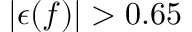
| \epsilon ( f ) | > 0 . 6 5